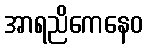
အာရညိကေနေဝ